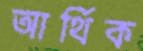
আর্থিক